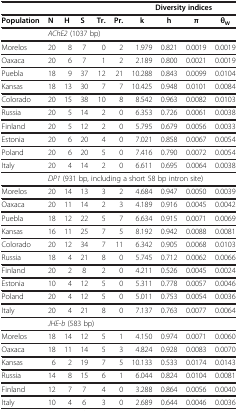
<table><thead><tr><td colspan="6"><b> </b></td><td colspan="4"><b>Diversity indices</b></td></tr><tr><td><b>Population</b></td><td><b>N</b></td><td><b>H</b></td><td><b>S</b></td><td><b>Tr.</b></td><td><b>Pr.</b></td><td><b>k</b></td><td><b>h</b></td><td><b>π</b></td><td><b>θ<sub>W</sub></b></td></tr></thead><tbody><tr><td> </td><td colspan="9"><i>AChE2</i> (1037 bp)</td></tr><tr><td>Morelos</td><td>20</td><td>8</td><td>7</td><td>0</td><td>2</td><td>1.979</td><td>0.821</td><td>0.0019</td><td>0.0019</td></tr><tr><td>Oaxaca</td><td>20</td><td>6</td><td>7</td><td>1</td><td>2</td><td>2.189</td><td>0.800</td><td>0.0021</td><td>0.0019</td></tr><tr><td>Puebla</td><td>18</td><td>9</td><td>37</td><td>12</td><td>21</td><td>10.288</td><td>0.843</td><td>0.0099</td><td>0.0104</td></tr><tr><td>Kansas</td><td>18</td><td>13</td><td>30</td><td>7</td><td>7</td><td>10.425</td><td>0.948</td><td>0.0101</td><td>0.0084</td></tr><tr><td>Colorado</td><td>20</td><td>15</td><td>38</td><td>10</td><td>8</td><td>8.542</td><td>0.963</td><td>0.0082</td><td>0.0103</td></tr><tr><td>Russia</td><td>20</td><td>5</td><td>14</td><td>2</td><td>0</td><td>6.353</td><td>0.726</td><td>0.0061</td><td>0.0038</td></tr><tr><td>Finland</td><td>20</td><td>5</td><td>12</td><td>2</td><td>0</td><td>5.795</td><td>0.679</td><td>0.0056</td><td>0.0033</td></tr><tr><td>Estonia</td><td>20</td><td>6</td><td>20</td><td>4</td><td>0</td><td>7.021</td><td>0.858</td><td>0.0067</td><td>0.0054</td></tr><tr><td>Poland</td><td>20</td><td>6</td><td>20</td><td>5</td><td>0</td><td>7.416</td><td>0.790</td><td>0.0072</td><td>0.0054</td></tr><tr><td>Italy</td><td>20</td><td>4</td><td>14</td><td>2</td><td>0</td><td>6.611</td><td>0.695</td><td>0.0064</td><td>0.0038</td></tr><tr><td> </td><td colspan="9"><i>DP1</i> (931 bp, including a short 58 bp intron site)</td></tr><tr><td>Morelos</td><td>20</td><td>14</td><td>13</td><td>3</td><td>2</td><td>4.684</td><td>0.947</td><td>0.0050</td><td>0.0039</td></tr><tr><td>Oaxaca</td><td>20</td><td>11</td><td>14</td><td>2</td><td>3</td><td>4.189</td><td>0.916</td><td>0.0045</td><td>0.0042</td></tr><tr><td>Puebla</td><td>18</td><td>12</td><td>22</td><td>5</td><td>7</td><td>6.634</td><td>0.915</td><td>0.0071</td><td>0.0069</td></tr><tr><td>Kansas</td><td>16</td><td>11</td><td>25</td><td>7</td><td>5</td><td>8.192</td><td>0.942</td><td>0.0088</td><td>0.0081</td></tr><tr><td>Colorado</td><td>20</td><td>12</td><td>34</td><td>7</td><td>11</td><td>6.342</td><td>0.905</td><td>0.0068</td><td>0.0103</td></tr><tr><td>Russia</td><td>18</td><td>4</td><td>21</td><td>8</td><td>0</td><td>5.745</td><td>0.712</td><td>0.0062</td><td>0.0066</td></tr><tr><td>Finland</td><td>20</td><td>2</td><td>8</td><td>2</td><td>0</td><td>4.211</td><td>0.526</td><td>0.0045</td><td>0.0024</td></tr><tr><td>Estonia</td><td>10</td><td>4</td><td>12</td><td>5</td><td>0</td><td>5.311</td><td>0.778</td><td>0.0057</td><td>0.0046</td></tr><tr><td>Poland</td><td>20</td><td>4</td><td>12</td><td>5</td><td>0</td><td>5.011</td><td>0.753</td><td>0.0054</td><td>0.0036</td></tr><tr><td>Italy</td><td>20</td><td>4</td><td>21</td><td>8</td><td>0</td><td>7.137</td><td>0.763</td><td>0.0077</td><td>0.0064</td></tr><tr><td> </td><td colspan="9"><i>JHE-b</i> (583 bp)</td></tr><tr><td>Morelos</td><td>18</td><td>14</td><td>12</td><td>5</td><td>1</td><td>4.150</td><td>0.974</td><td>0.0071</td><td>0.0060</td></tr><tr><td>Oaxaca</td><td>18</td><td>11</td><td>14</td><td>5</td><td>3</td><td>4.824</td><td>0.928</td><td>0.0083</td><td>0.0070</td></tr><tr><td>Kansas</td><td>6</td><td>2</td><td>19</td><td>7</td><td>5</td><td>10.133</td><td>0.533</td><td>0.0174</td><td>0.0143</td></tr><tr><td>Russia</td><td>14</td><td>8</td><td>15</td><td>6</td><td>1</td><td>6.044</td><td>0.824</td><td>0.0104</td><td>0.0081</td></tr><tr><td>Finland</td><td>12</td><td>7</td><td>7</td><td>4</td><td>0</td><td>3.288</td><td>0.864</td><td>0.0056</td><td>0.0040</td></tr><tr><td>Italy</td><td>10</td><td>4</td><td>6</td><td>3</td><td>0</td><td>2.689</td><td>0.644</td><td>0.0046</td><td>0.0036</td></tr></tbody></table>